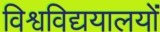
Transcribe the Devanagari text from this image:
विश्वविद्ययालयों